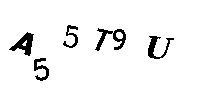
A55T9U